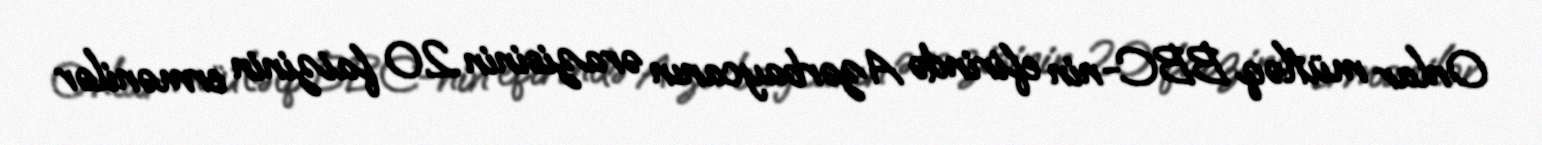
Onlar mütləq BBC-nin efirində Azərbaycanın ərazisinin 20 faizinin ermənilər